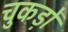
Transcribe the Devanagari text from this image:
चुकड़ों